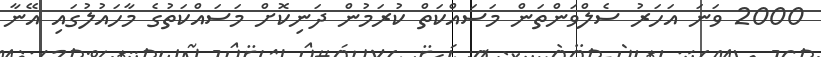
2000 ވަނަ އަހަރު ސެލްވަންތަން މަސައްކަތް ކުރަމުން ދަނިކޮށް މަސައްކަތުގެ މާހައުލުގައި އޭނާ